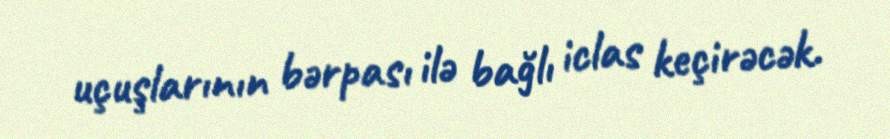
uçuşlarının bərpası ilə bağlı iclas keçirəcək.